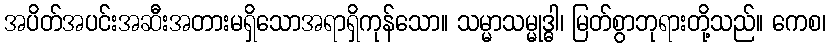
အပိတ်အပင်းအဆီးအတားမရှိသောအရာရှိကုန်သော။ သမ္မာသမ္မုဒ္ဓါ၊ မြတ်စွာဘုရားတို့သည်။ ကေစ၊